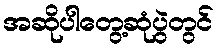
အဆိုပါတွေ့ဆုံပွဲတွင်